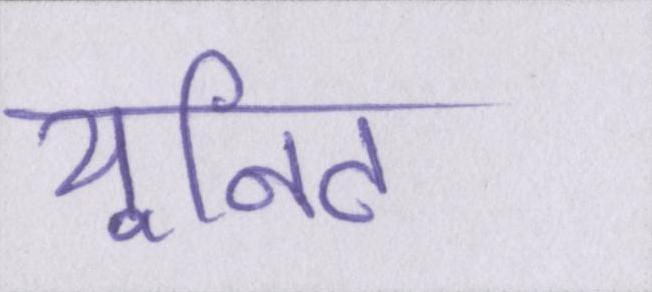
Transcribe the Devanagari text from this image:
यूनिट